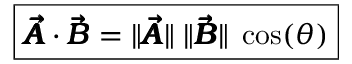
\boxed { \pmb { \vec { A } } \cdot \pmb { \vec { B } } = \lVert \pmb { \vec { A } } \rVert \; \lVert \pmb { \vec { B } } \rVert \; \cos ( \theta ) }